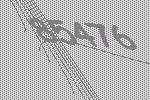
85476